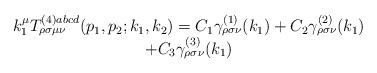
LaTeX: \begin{align*}\begin{array}{c}k_1^\mu T_{\rho \sigma \mu \nu }^{(4)abcd}(p_1,p_2;k_1,k_2)=C_1\gamma _{\rho\sigma \nu }^{(1)}(k_1)+C_2\gamma _{\rho \sigma \nu }^{(2)}(k_1) \\ +C_3\gamma _{\rho \sigma \nu }^{(3)}(k_1)\end{array}\end{align*}